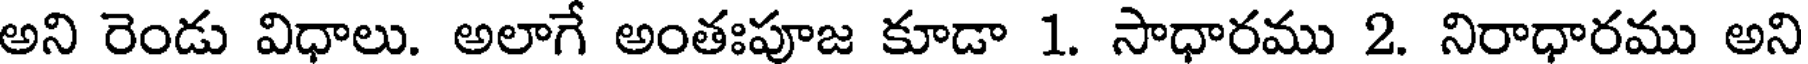
అని రెండు విధాలు. అలాగే అంతఃపూజ కూడా 1. సాధారము 2. నిరాధారము అని